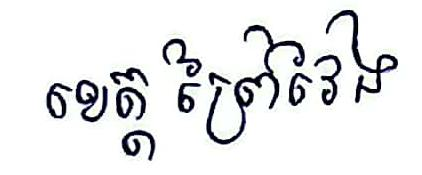
ខេត្ត ព្រៃវៃង